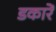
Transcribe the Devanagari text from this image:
डकारें